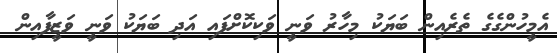
އެމީހުންގެގެ ތެރެއިން ބަޔަކު މިހާރު ވަނީ ވަކިކޮށްފައި އަދި ބަޔަކު ވަނީ ވަޒީފާއިން